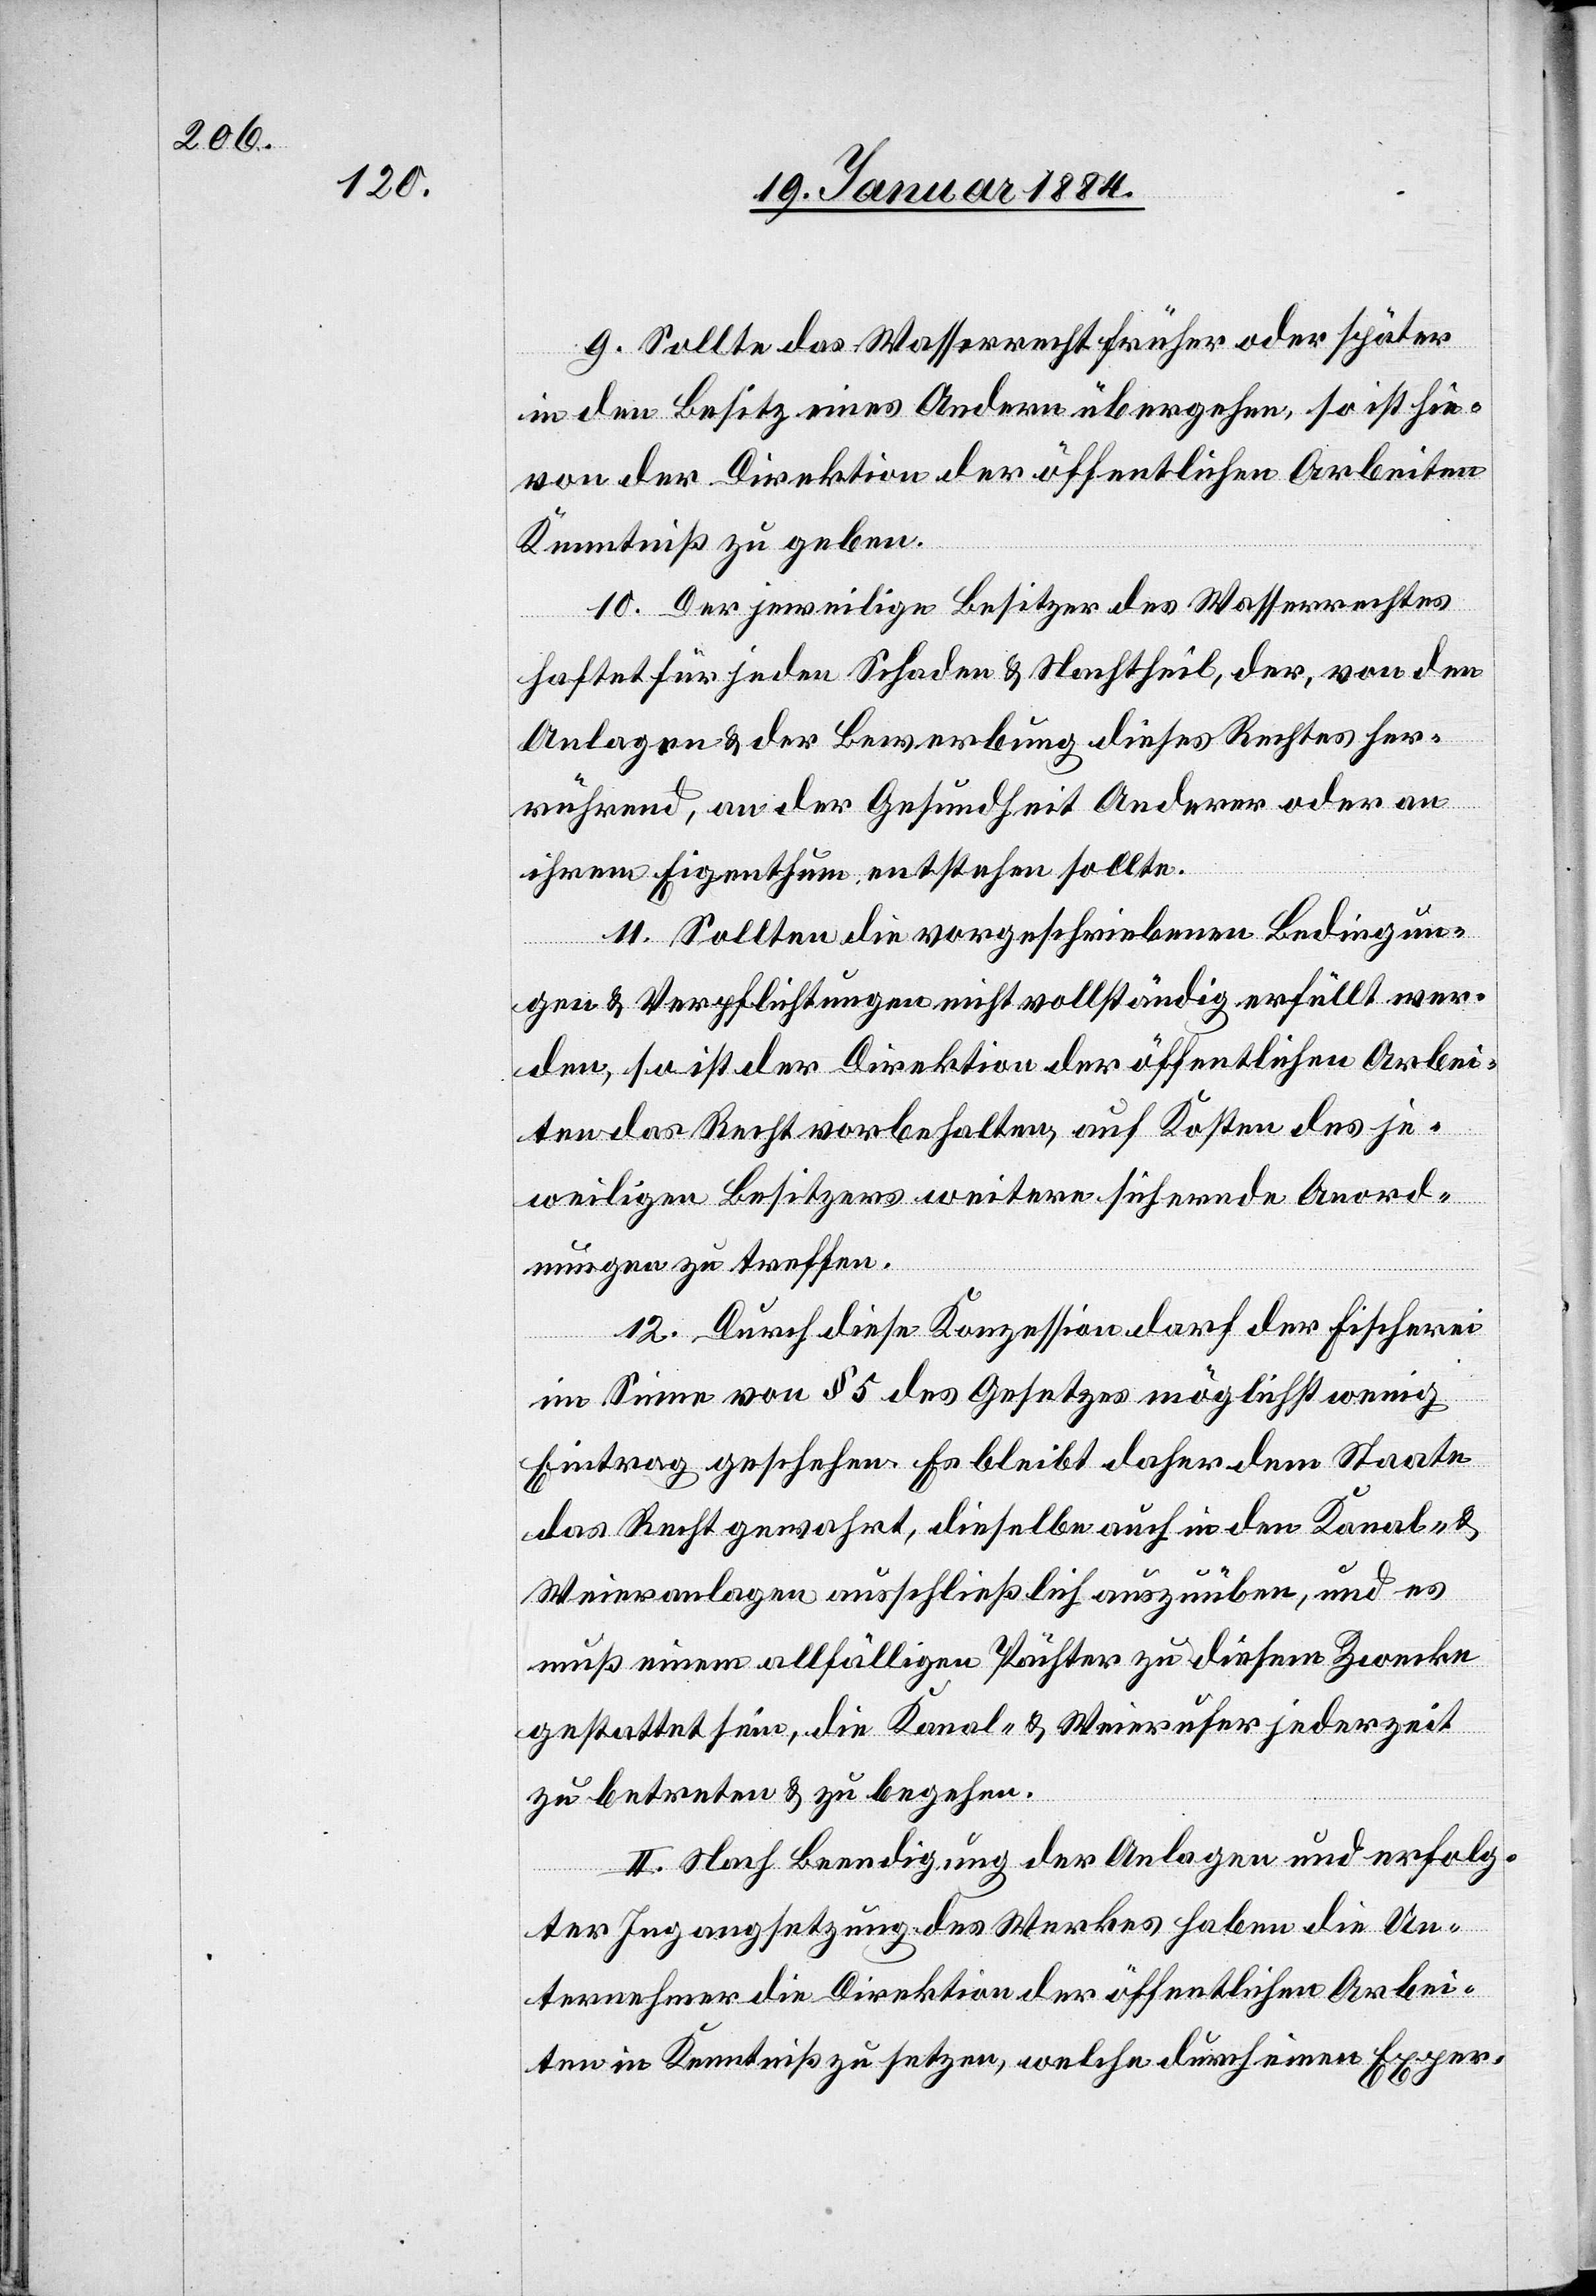
9. Sollte das Wasserrecht früher oder später
in den Besitz eines Andern übergehen, so ist hie¬
von der Direktion der öffentlichen Arbeiten
Kenntniß zu geben.
10. Der jeweilige Besitzer des Wasserrechtes
haftet für jeden Schaden & Nachtheil, der, von den
Anlagen & der Bewerbung dieses Rechtes her¬
rührend, an der Gesundheit Anderer oder an
ihrem Eigenthum entstehen sollte.
11. Sollten die vorgeschriebenen Bedingun¬
gen & Verpflichtungen nicht vollständig erfüllt wer¬
den, so ist der Direktion der öffentlichen Arbei¬
ten das Recht vorbehalten, auf Kosten des je¬
weiligen Besitzers weitere sichernde Anord¬
nungen zu treffen.
12. Durch diese Konzession darf der Fischerei
im Sinne von § 5 des Gesetzes möglichst wenig
Eintrag geschehen. Es bleibt daher dem Staate
das Recht gewahrt, dieselbe auch in den Kanal-
Weieranlagen ausschließlich auszuüben, und es
muß einem allfälligen Pächter zu diesem Zwecke
gestattet sein, die Kanal- & Weierufer jederzeit
zu betreten & zu begehen.
II. Nach Beendigung der Anlagen und erfolg¬
ter Ingangsetzung des Werkes haben die Un¬
ternehmer die Direktion der öffentlichen Arbei¬
ten in Kenntniß zu setzen, welche durch einen Exper-